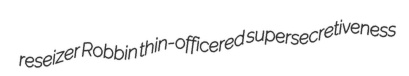
reseizer Robbin thin-officered supersecretiveness